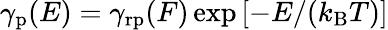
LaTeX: \gamma_{\mathrm{p}}(E)=\gamma_{\mathrm{rp}}(F)\exp\left[-E/(k_{\mathrm{B}}T)\right]